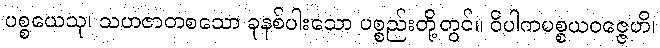
ပစ္စယေသု၊ သဟဇာတစသော ခုနစ်ပါးသော ပစ္စည်းတို့တွင်။ ဝိပါကပစ္စယဝဇ္ဇေဟိ၊